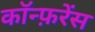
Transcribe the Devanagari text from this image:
काॅन्फ़रेंस